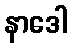
နာဒေါ